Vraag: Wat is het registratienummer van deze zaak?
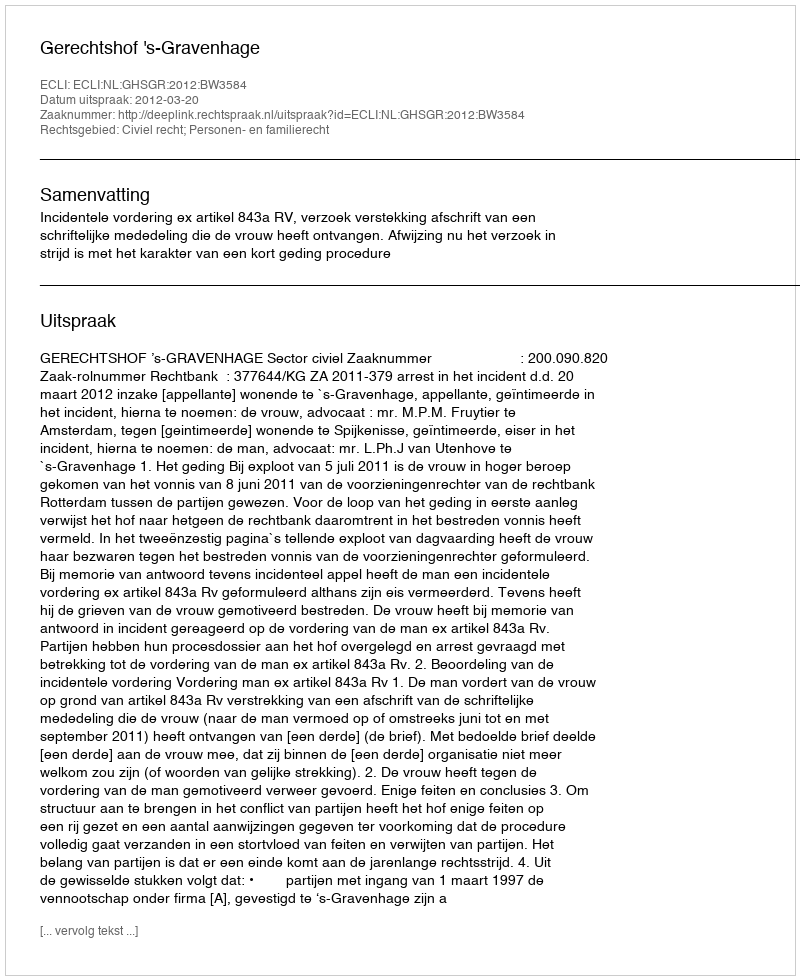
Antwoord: http://deeplink.rechtspraak.nl/uitspraak?id=ECLI:NL:GHSGR:2012:BW3584